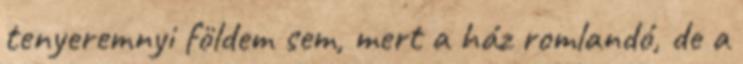
tenyeremnyi földem sem, mert a ház romlandó, de a